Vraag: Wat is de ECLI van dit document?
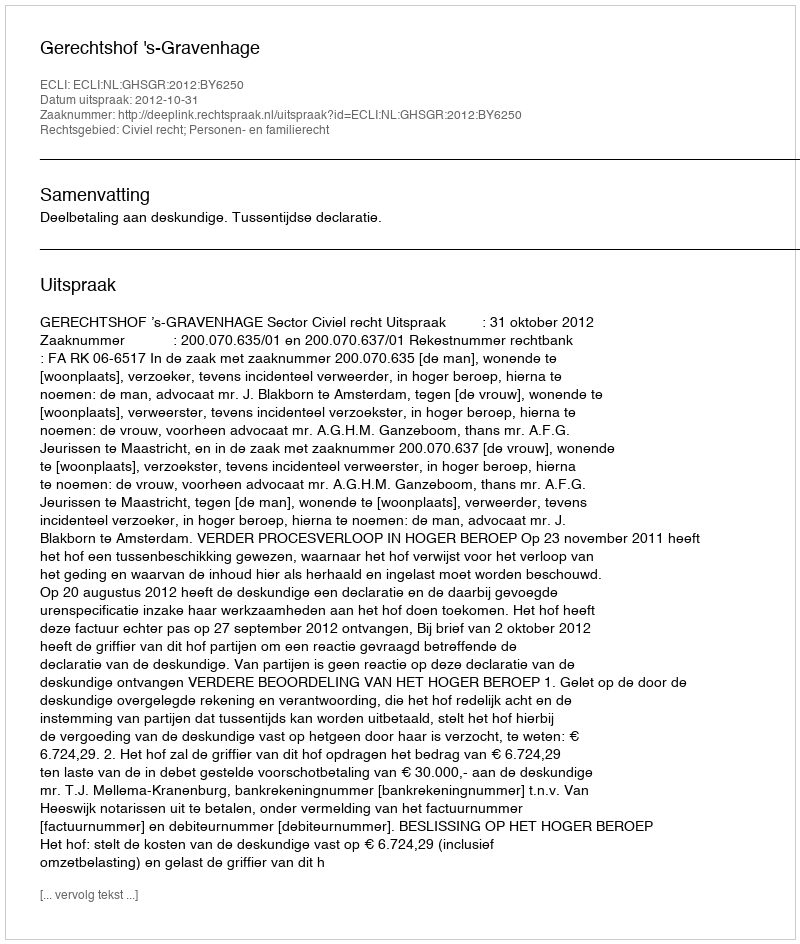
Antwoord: ECLI:NL:GHSGR:2012:BY6250